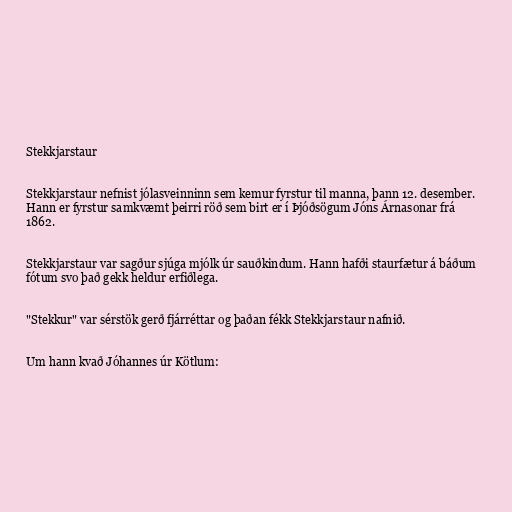
Stekkjarstaur

Stekkjarstaur nefnist jólasveinninn sem kemur fyrstur til manna, þann 12. desember.
Hann er fyrstur samkvæmt þeirri röð sem birt er í Þjóðsögum Jóns Árnasonar frá
1862.

Stekkjarstaur var sagður sjúga mjólk úr sauðkindum. Hann hafði staurfætur á báðum
fótum svo það gekk heldur erfiðlega.

"Stekkur" var sérstök gerð fjárréttar og þaðan fékk Stekkjarstaur nafnið.

Um hann kvað Jóhannes úr Kötlum: